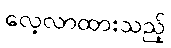
လေ့လာထားသည့်